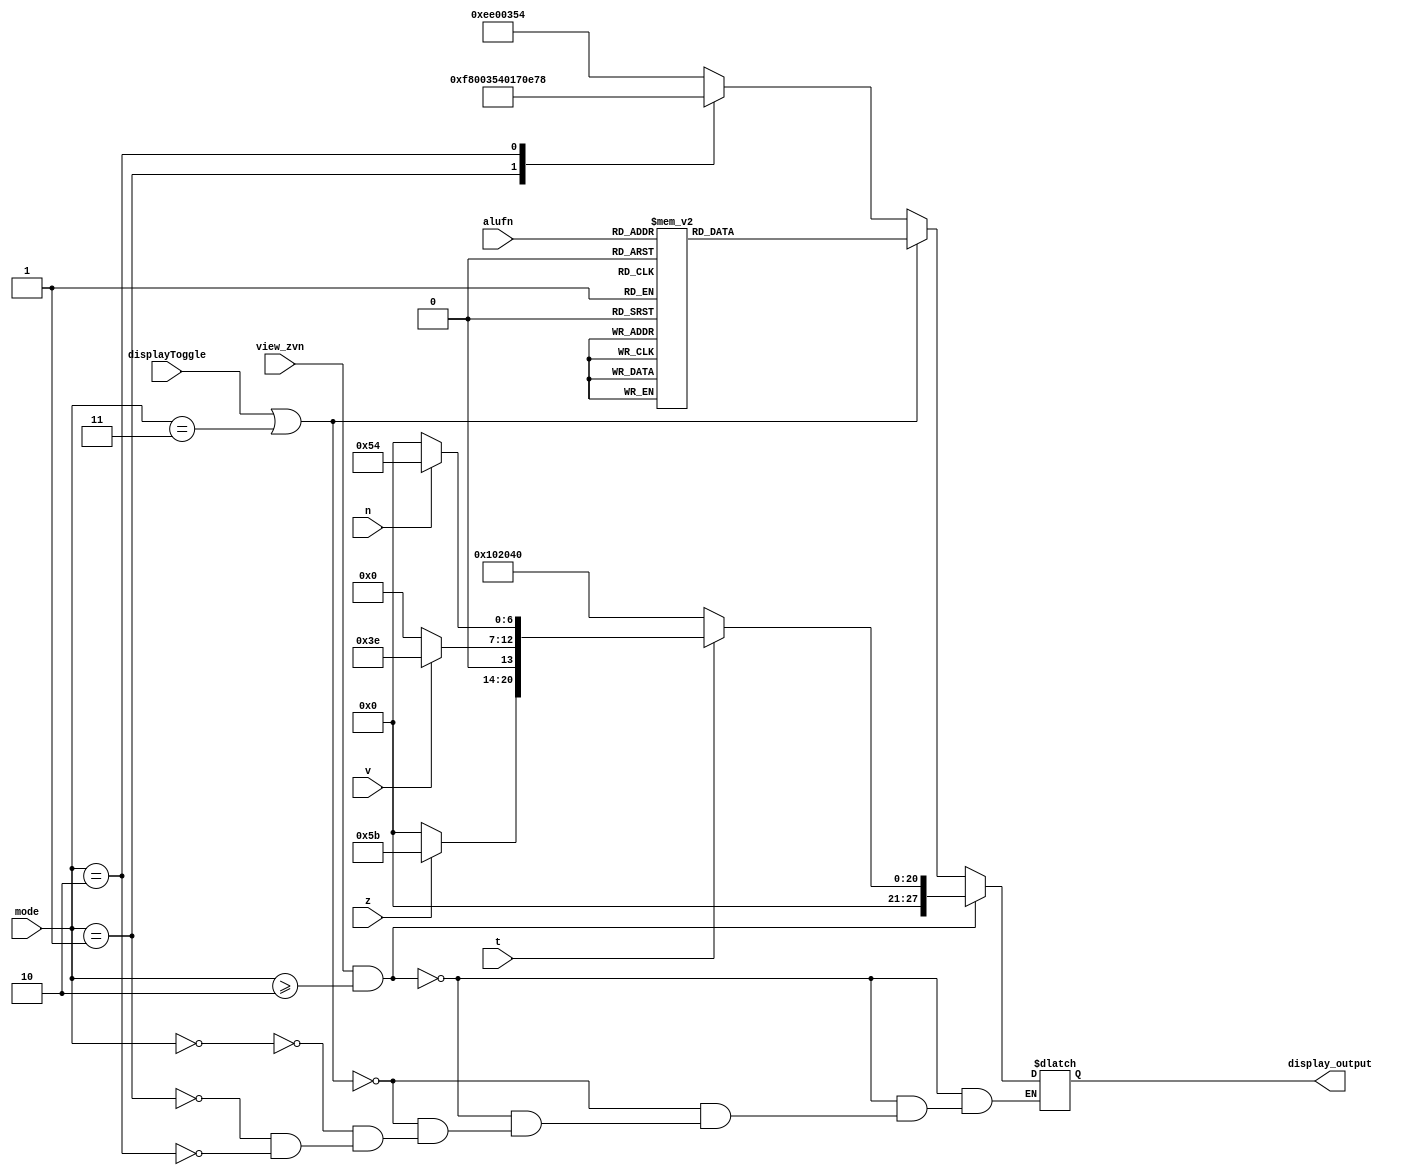
/*
   This file was generated automatically by Alchitry Labs version 1.2.1.
   Do not edit this file directly. Instead edit the original Lucid source.
   This is a temporary file and any changes made to it will be destroyed.
*/

module display_manager_4 (
    input displayToggle,
    input [1:0] mode,
    input [5:0] alufn,
    input view_zvn,
    input t,
    input z,
    input v,
    input n,
    output reg [27:0] display_output
  );
  
  
  
  localparam LETTER_A = 7'h77;
  
  localparam LETTER_B = 7'h7c;
  
  localparam LETTER_C = 7'h58;
  
  localparam LETTER_D = 7'h5e;
  
  localparam LETTER_E = 7'h79;
  
  localparam LETTER_H = 7'h74;
  
  localparam LETTER_I = 7'h06;
  
  localparam LETTER_L = 7'h38;
  
  localparam LETTER_N = 7'h54;
  
  localparam LETTER_O = 7'h5c;
  
  localparam LETTER_P = 7'h73;
  
  localparam LETTER_Q = 7'h67;
  
  localparam LETTER_R = 7'h50;
  
  localparam LETTER_S = 7'h6d;
  
  localparam LETTER_T = 7'h78;
  
  localparam LETTER_U = 7'h1c;
  
  localparam LETTER_V = 7'h3e;
  
  localparam LETTER_X = 7'h76;
  
  localparam LETTER_Z = 7'h5b;
  
  localparam LETTER_ = 7'h00;
  
  localparam LETTER_DASH = 7'h40;
  
  always @* begin
    if (view_zvn && mode >= 2'h2) begin
      if (t) begin
        display_output = {7'h00, z ? 7'h5b : 7'h00, v ? 7'h3e : 7'h00, n ? 7'h54 : 7'h00};
      end else begin
        display_output = 28'h0102040;
      end
    end else begin
      if (displayToggle || mode == 2'h3) begin
        
        case (alufn)
          6'h00: begin
            display_output = 28'h01def5e;
          end
          6'h01: begin
            display_output = 28'h01b4e7c;
          end
          6'h18: begin
            display_output = 28'h01dea5e;
          end
          6'h1e: begin
            display_output = 28'h0002e50;
          end
          6'h16: begin
            display_output = 28'h01dae50;
          end
          6'h1a: begin
            display_output = 28'h00e2f50;
          end
          6'h20: begin
            display_output = 28'h01b7a38;
          end
          6'h21: begin
            display_output = 28'h01b7a50;
          end
          6'h23: begin
            display_output = 28'h01b6877;
          end
          6'h33: begin
            display_output = 28'hb1cfce7;
          end
          6'h35: begin
            display_output = 28'hb1cdc78;
          end
          6'h37: begin
            display_output = 28'hb1cdc79;
          end
          6'h22: begin
            display_output = 28'ha150e38;
          end
          default: begin
            display_output = 28'h01e6850;
          end
        endcase
      end else begin
        
        case (mode)
          1'h0: begin
            display_output = 28'hee00354;
          end
          1'h1: begin
            display_output = 28'hf800354;
          end
          2'h2: begin
            display_output = 28'h0170e78;
          end
        endcase
      end
    end
  end
endmodule